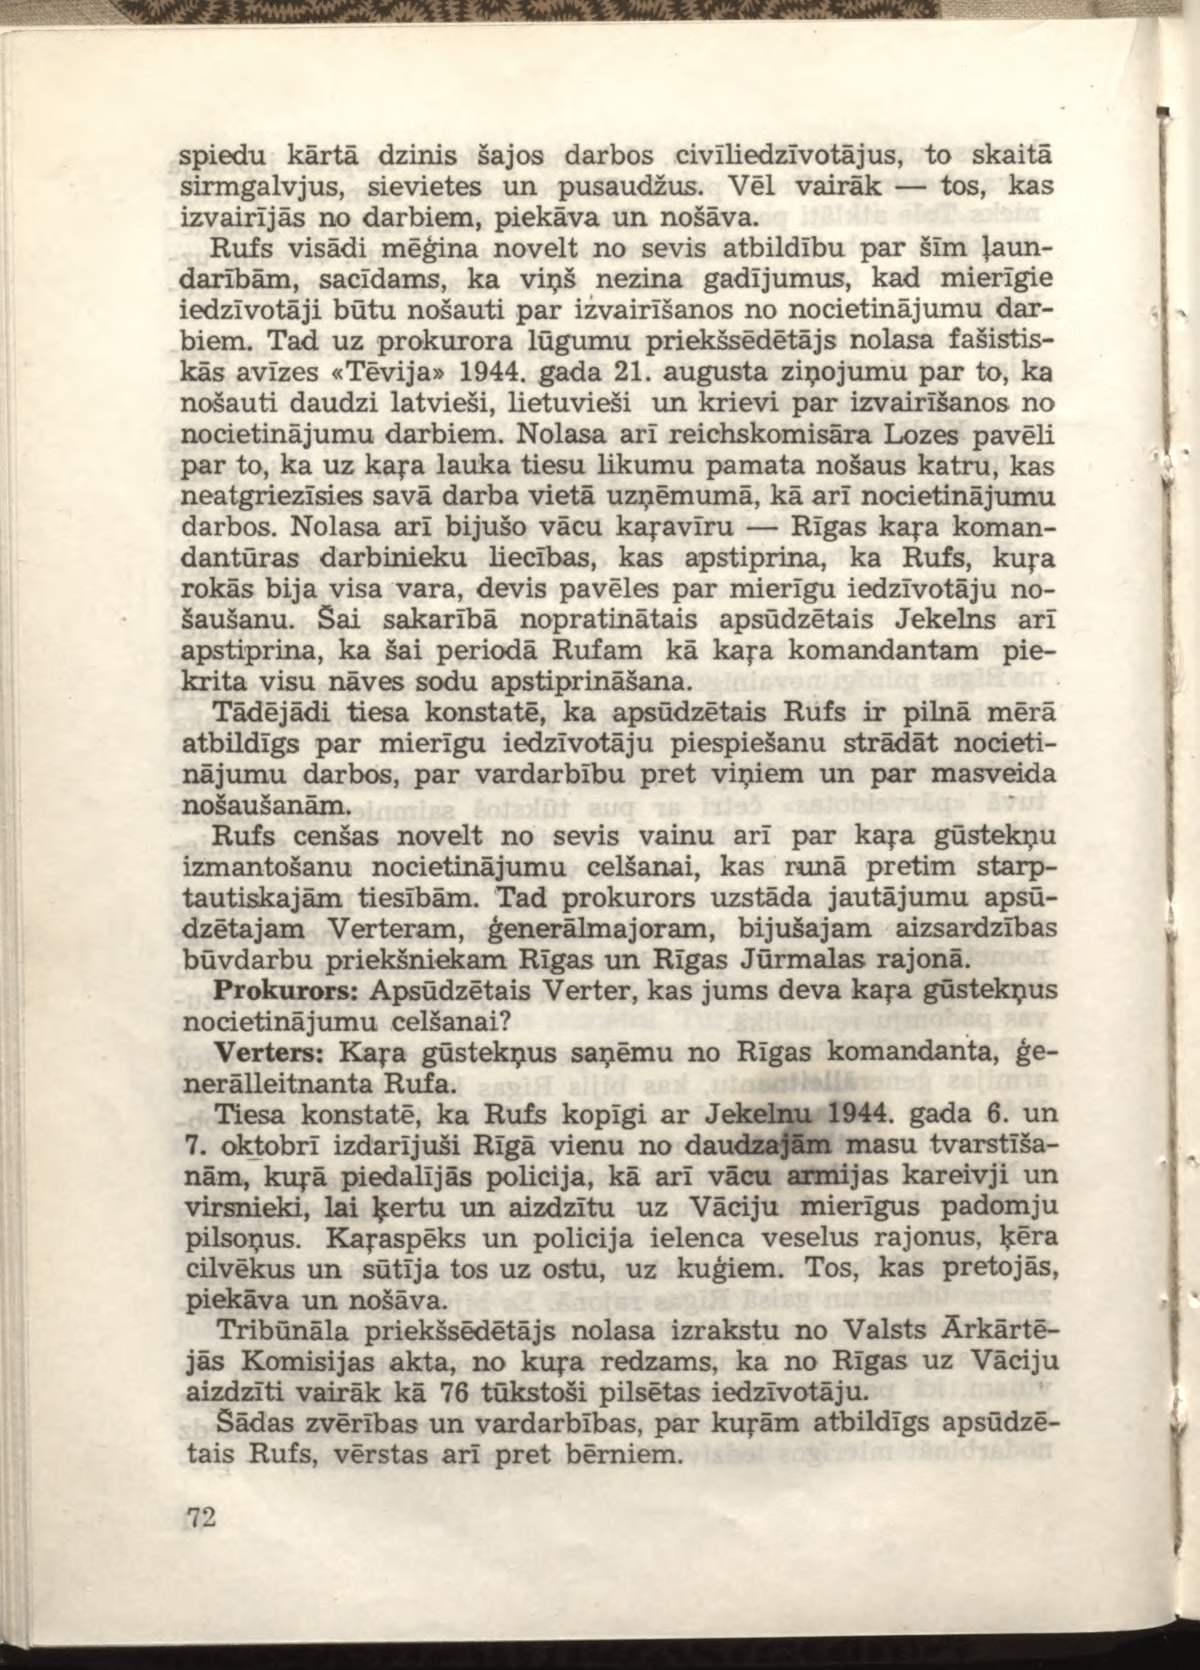
Language: lv